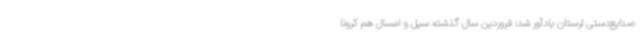
صنایع‌دستی لرستان یادآور شد: فروردین سال گذشته سیل و امسال هم کرونا